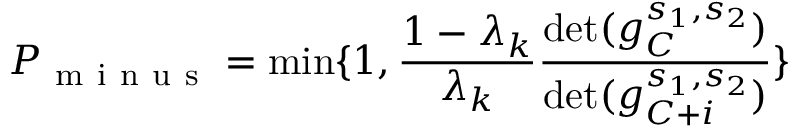
P _ { \mathrm { ~ m ~ i ~ n ~ u ~ s ~ } } = \operatorname* { m i n } \{ 1 , \frac { 1 - \lambda _ { k } } { \lambda _ { k } } \frac { \operatorname* { d e t } ( g _ { C } ^ { s _ { 1 } , s _ { 2 } } ) } { \operatorname* { d e t } ( g _ { C + i } ^ { s _ { 1 } , s _ { 2 } } ) } \}